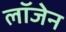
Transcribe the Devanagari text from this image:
लॉजेन